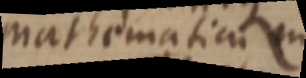
mathematicum